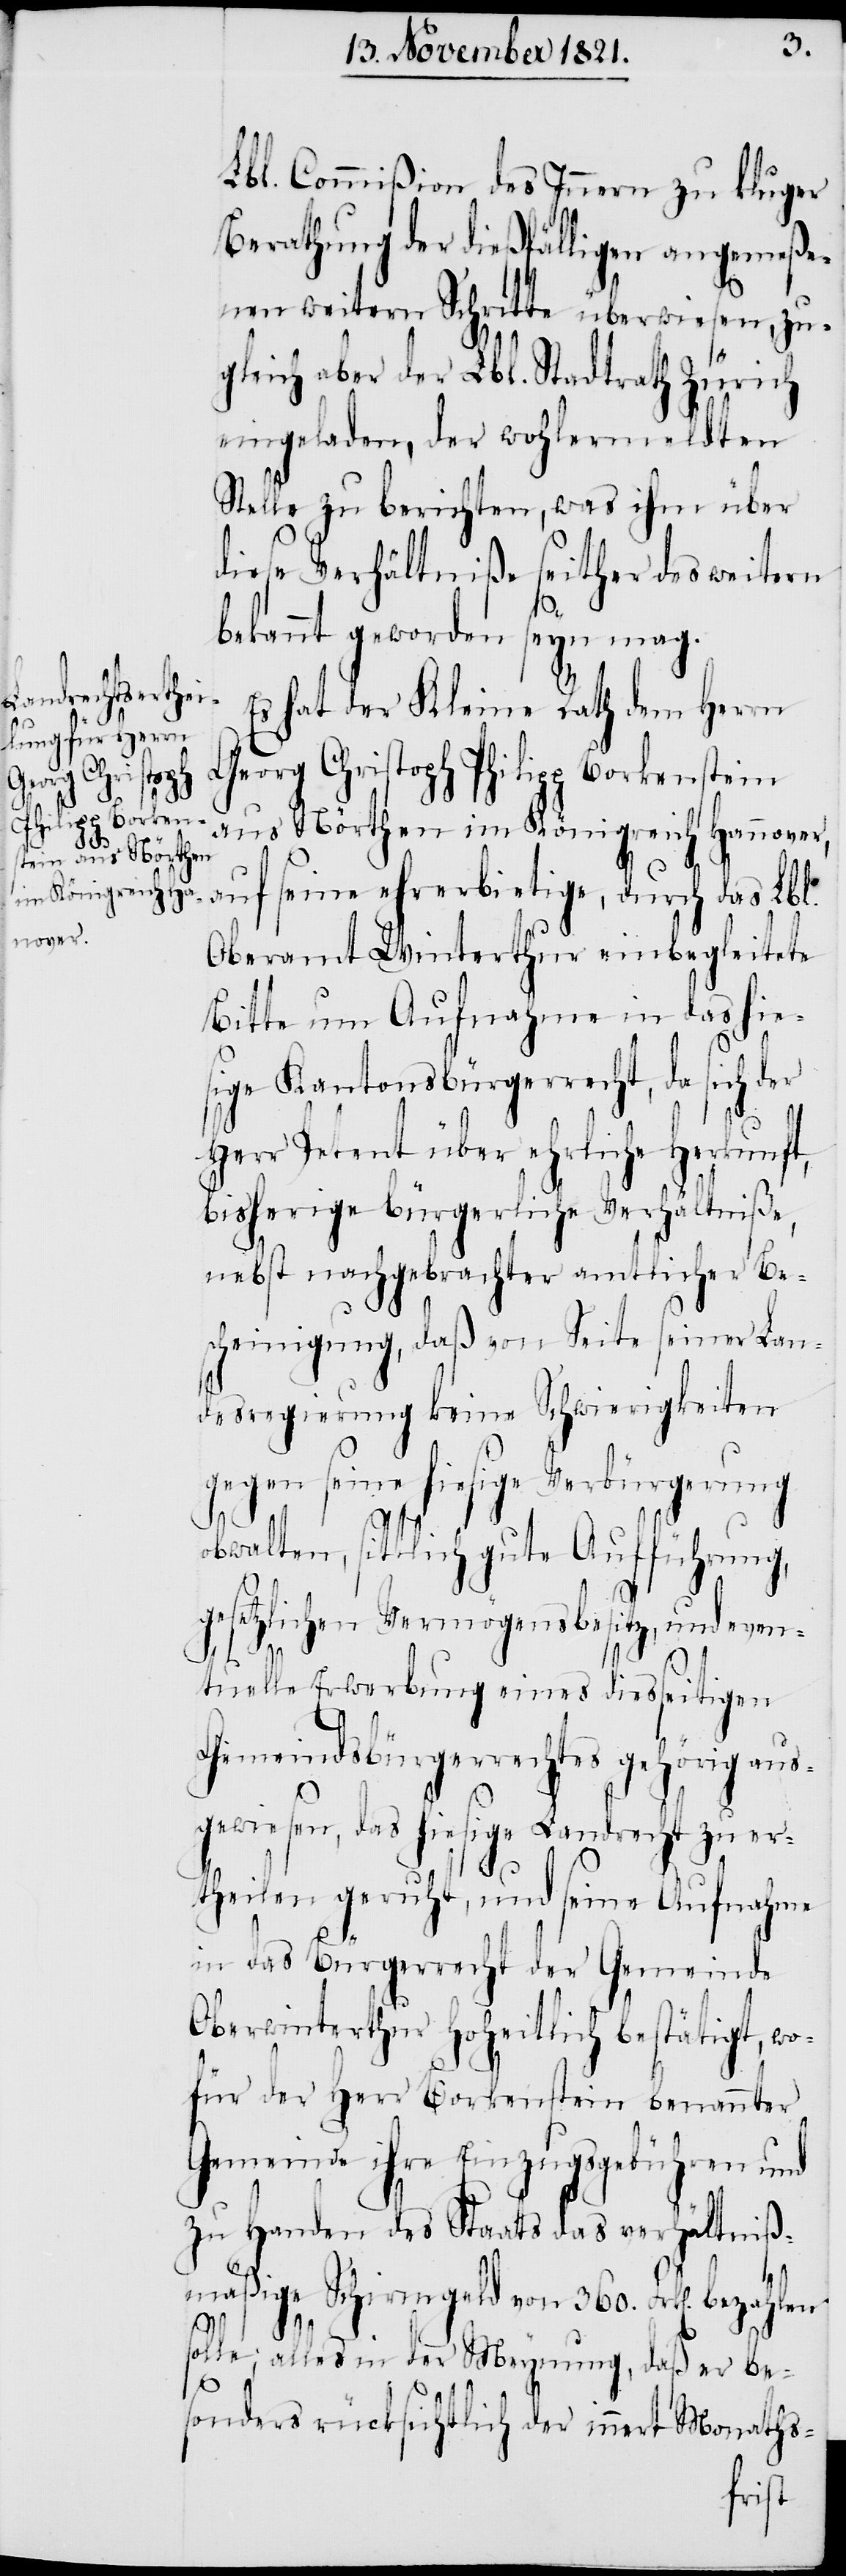
Philipp Borkens¬
tein aus Nörthen
im Königreich Ha¬
nnover,

Lbl. Commißion des Innern zu kluger
Berathung der dießfälligen angemeße¬
nen weitern Schritte überwiesen, zu¬
gleich aber der Lbl. Stadtrath Zürich
eingeladen, der wohlermeldten
Stelle zu berichten, was ihm über
diese Verhältniße seither des weite¬
er
bekannt geworden seyn mag.
Es hat der Kleine Rath dem Herrn
auf seine ehrerbietige, durch das Lbl.
Oberamt Winterthur einbegleitete
Bitte um Aufnahme in das hie¬
sige Kantonsbürgerrecht, da sich d¬
Herr Petent über ehrliche Herkunft,
bisherige bürgerliche Verhältniße,
nebst nachgebrachter amtlicher Be¬
scheinigung, daß von Seite seiner Lan¬
desregierung keine Schwierigkeiten
gegen seine hiesige Verbürgerung
obwalten, sittlich gute Aufführung,
gesetzlichen Vermögensbesitz, und even¬
tuelle Erwerbung eines diesseitigen
Gemeindsbürgerrechtes gehörig aus¬
gewiesen, das hiesige Landrecht zu er¬
theilen geruht, und seine Aufnahme
in das Bürgerrecht der Gemeinde
Oberwinterthur Hoheitlich bestätigt, wo¬
für der Herr Borkenstein benannter
Gemeinde ihre Einzugsgebühren und
zu Handen des Staats das verhältniß¬
mäßige Schirmgeld von 360. Frk[en]. bezahlen
solle; alles in der Meynung, daß er be¬
sonders rücksichtlich der innert Monaths-